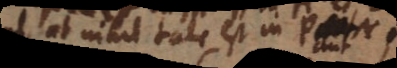
at nihil tale est in P